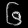
Digit: ၆